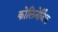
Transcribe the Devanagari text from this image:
कोलिनेर्जिक